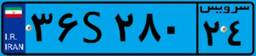
۲۳S۲۲۲۸۵